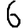
Digit: 6